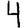
Digit: 4